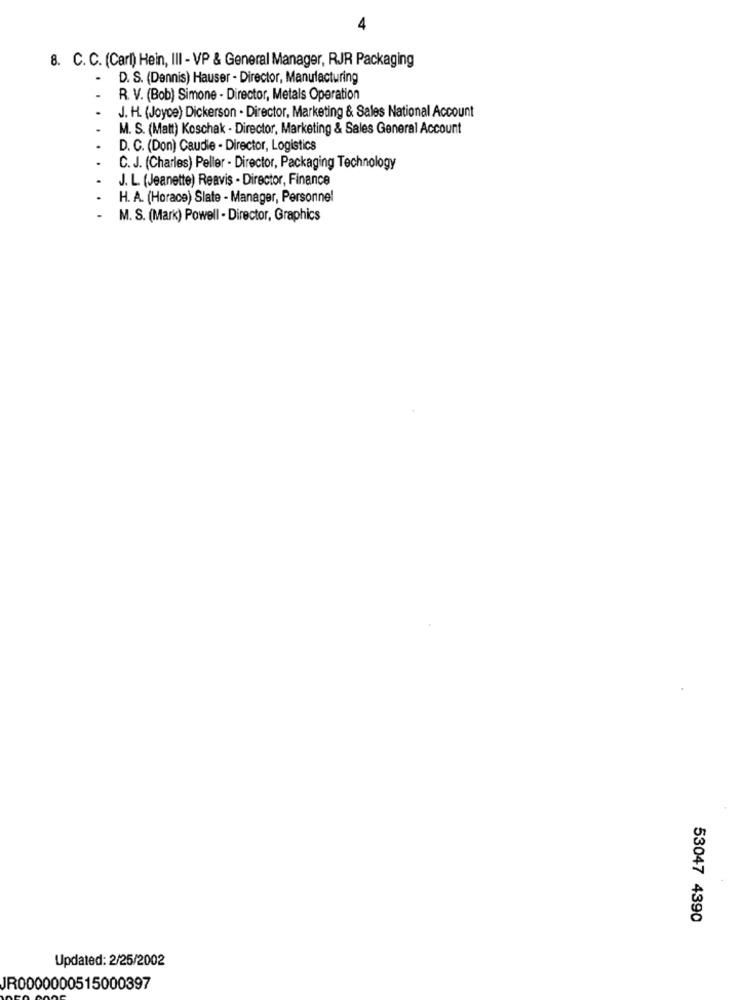
4
8. C. C. (Carl) Hein, III - VP & General Manager, RJR Packaging
D. S. (Dennis) Hauser - Director, Manufacturing
R. V. (Bob) Simone - Director, Metals Operation
J. H. (Joyce) Dickerson - Director, Marketing & Sales National Account
M. S. (Matt) Koschak - Director, Marketing & Sales General Account
D. C. (Don) Caudie - Director, Logistics
C. J. (Charles) Peller - Director, Packaging Technology
J. L. (Jeanette) Reavis - Director, Finance
H. A. (Horace) Slate - Manager, Personne!
M. S. (Mark) Powell - Director, Graphics
53047 4390
Updated: 2/25/2002
JR0000000515000397